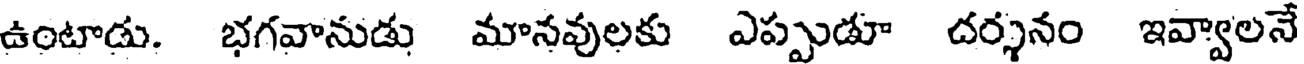
ఉంటాడు. భగవానుడు మానవులకు ఎప్పుడూ దర్శనం ఇవ్వాలనే